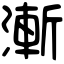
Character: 漸